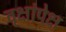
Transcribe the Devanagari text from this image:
वृक्षांपेक्ष